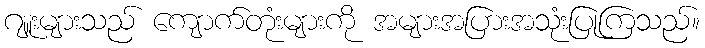
ဂျူးများသည် ကျောက်တုံးများကို အများအပြားအသုံးပြုကြသည်။